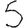
Digit: 5